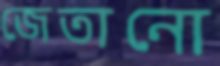
জেতানো